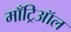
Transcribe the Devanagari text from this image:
माँट्रिऑल